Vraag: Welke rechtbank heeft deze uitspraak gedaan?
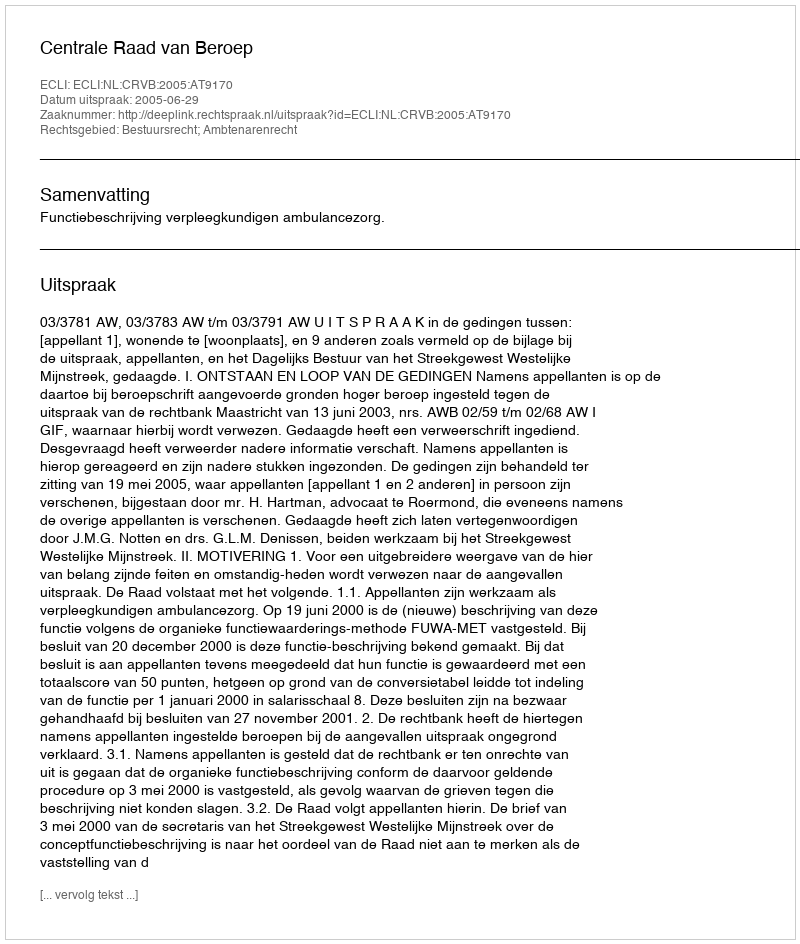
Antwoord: Centrale Raad van Beroep